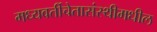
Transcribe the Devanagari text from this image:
मध्यवर्तीचेतासंस्थीमधील